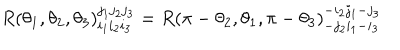
R ( \theta _ { 1 } , \theta _ { 2 } , \theta _ { 3 } ) _ { i _ { 1 } i _ { 2 } i _ { 3 } } ^ { j _ { 1 } j _ { 2 } j _ { 3 } } = R ( \pi - \theta _ { 2 } , \theta _ { 1 } , \pi - \theta _ { 3 } ) _ { - j _ { 2 } i _ { 1 } - i _ { 3 } } ^ { - i _ { 2 } j _ { 1 } - j _ { 3 } }